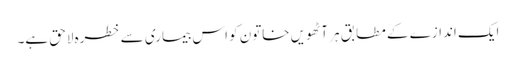
ایک اندازے کے مطابق ہر آٹھویں خاتون کو اس بیماری سے خطرہ لاحق ہے۔